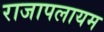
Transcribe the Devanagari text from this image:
राजापलायम